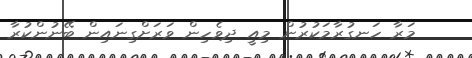
މަރާ ހަނގުރާމަކުރުން މިއީ ދިވެހިން ވަރަށްގިނައިން ބޭނުންކުރާ